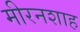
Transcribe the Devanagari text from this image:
मीरनशाह